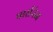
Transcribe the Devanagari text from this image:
पार्सनेज